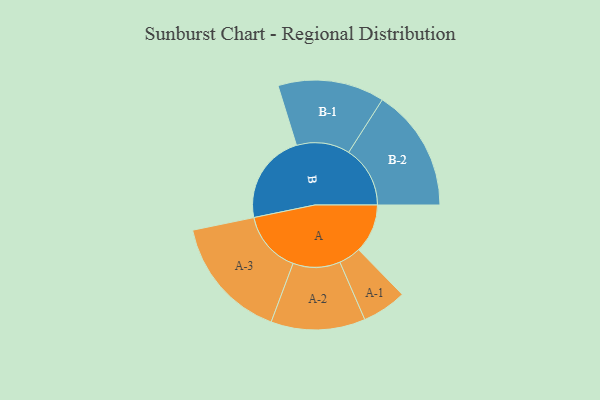
{"axis": {"x": "Segment", "y": "Value"}, "legend": ["", "A", "B"], "data": [{"x": "A", "y": 222, "type": ""}, {"x": "B", "y": 410, "type": ""}, {"x": "A-1", "y": 101, "type": "A"}, {"x": "A-2", "y": 214, "type": "A"}, {"x": "A-3", "y": 281, "type": "A"}, {"x": "B-1", "y": 242, "type": "B"}, {"x": "B-2", "y": 279, "type": "B"}]}